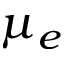
\mu _ { e }